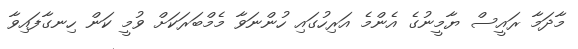
މާދަމާ ރައީސް ޔާމީނުގެ އެންމެ އަރިހުގައި ހުންނަވާ މެމްބަރަކަށް ވުމީ ކަން ހިނގާފައިވާ